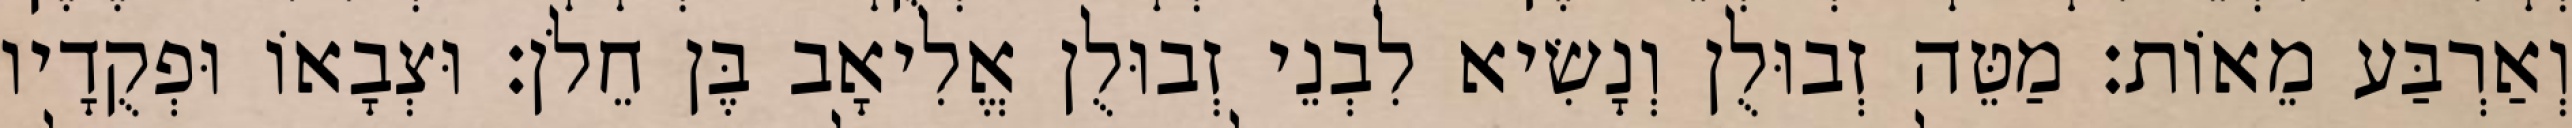
וְאַרְבַּע מֵאוֹת׃ מַטֵּה זְבוּלֻן וְנָשִׂיא לִבְנֵי זְבוּלֻן אֱלִיאָב בֶּן חֵלֹן׃ וּצְבָאוֹ וּפְקֻדָיו